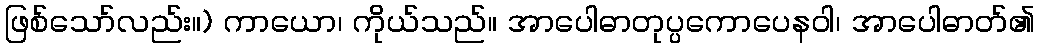
ဖြစ်သော်လည်း။) ကာယော၊ ကိုယ်သည်။ အာပေါဓာတုပ္ပကောပေနဝါ၊ အာပေါဓာတ်၏